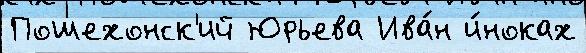
Пошехонск'ий Юрьева Ива́н и́ноках